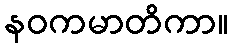
နဝကမာတိကာ။